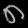
Digit: ၈